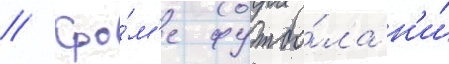
// Кро́м'е футбо́ла н'и́